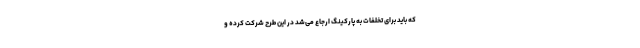
که باید برای تخلفات به پارکینگ ارجاع می‌شد در این طرح شرکت کرده و